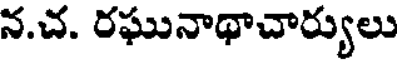
న.చ. రఘునాథాచార్యులు